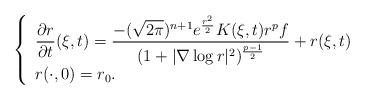
LaTeX: \begin{align*}\left\{\begin{array}{l}\displaystyle \frac{\partial r}{\partial t}(\xi,t)=\frac{-(\sqrt{2\pi})^{n+1}e^{\frac{r^2}{2}}K(\xi,t)r^pf}{(1+|\nabla \log r|^2)^{\frac{p-1}{2}}}+r(\xi,t)\\r(\cdot,0)=r_0.\end{array}\right.\end{align*}